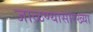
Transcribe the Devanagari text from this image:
जाळण्यासारख्या